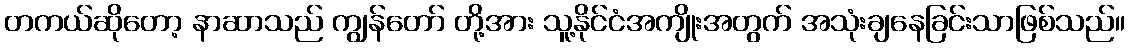
တကယ်ဆိုတော့ နာဆာသည် ကျွန်တော် တို့အား သူ့နိုင်ငံအကျိုးအတွက် အသုံးချနေခြင်းသာဖြစ်သည်။